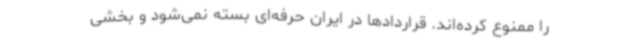
را ممنوع کرده‌اند. قراردادها در ایران حرفه‌ای بسته نمی‌شود و بخشی